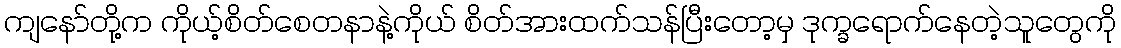
ကျနော်တို့က ကိုယ့်စိတ်စေတနာနဲ့ကိုယ် စိတ်အားထက်သန်ပြီးတော့မှ ဒုက္ခရောက်နေတဲ့သူတွေကို